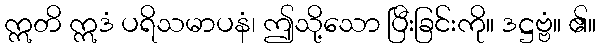
ဣတိ ဣဒံ ပရိသမာပနံ၊ ဤသို့သော ပြီးခြင်းကို။ ဒဋ္ဌဗ္ဗံ။ ၏။